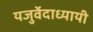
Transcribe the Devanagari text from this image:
यजुर्वेदाध्यायी